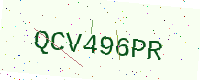
Text: QCV496PR